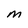
Character: M